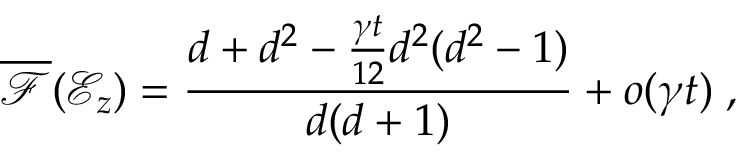
\overline { { \mathcal { F } } } ( \mathcal { E } _ { z } ) = \frac { d + d ^ { 2 } - \frac { \gamma t } { 1 2 } d ^ { 2 } ( d ^ { 2 } - 1 ) } { d ( d + 1 ) } + o ( \gamma t ) \; ,